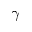
\gamma